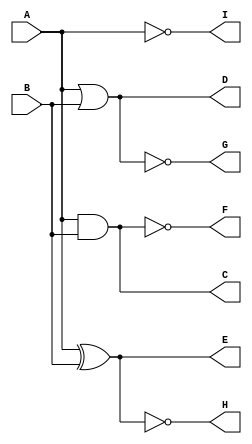
module m1(A,B,C,D,E,F,G,H,I); 
input A,B;
output C,D,E, F, G, H, I;
assign C= A&B;
assign D= A|B; 
assign E= A^B; 
assign F= ~(A&B); 
assign G= ~(A|B); 
assign H= ~(A^B); 
assign I= ~A; 
endmodule

module test;
reg a,b;
wire c,d,e,f,g,h,i;
m1 g1(a,b,c,d,e,f,g,h,i); 
initial
    begin
    $dumpfile("first.vcd");
    $dumpvars(0,test); 
    $display("a\tb\tAND\tOR\tXOR\tNAND\tNOR\tXNOR\tNOT(A)"); $monitor("%b\t%b\t%b\t%b\t%b\t%b\t%b\t%b\t%b",a,b,c,d,e,f,g,h,i); 
    a=0;b=0;
    #10 a=0;b=1;
    #10 a=1;b=0;
    #10 a=1;b=1;
    #10
    $finish;
end
endmodule